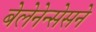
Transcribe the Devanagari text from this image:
बेलेनेन्सेसने